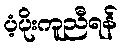
ပံ့ပိုးကူညီရန်